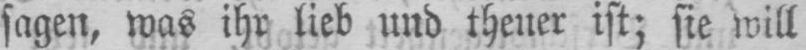
ist; sie will